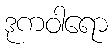
ဒုကဝါရော